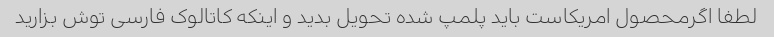
لطفا اگرمحصول امریکاست باید پلمپ شده تحویل بدید و اینکه کاتالوک فارسی توش بزارید